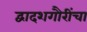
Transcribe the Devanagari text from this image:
द्वादशगौरींचा